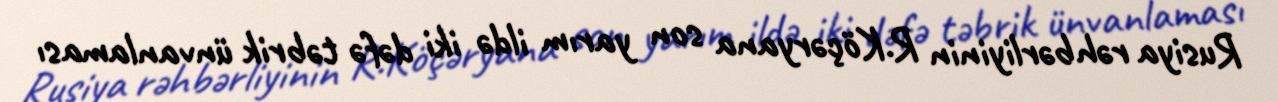
Rusiya rəhbərliyinin R.Köçəryana son yarım ildə iki dəfə təbrik ünvanlaması